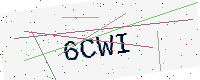
Text: 6CWI